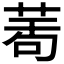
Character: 𦲆